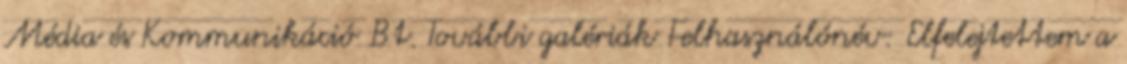
Média és Kommunikáció Bt. További galériák Felhasználónév: Elfelejtettem a